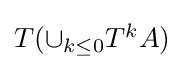
{\textstyle T(\cup _{k\leq 0}T^{k}A)}